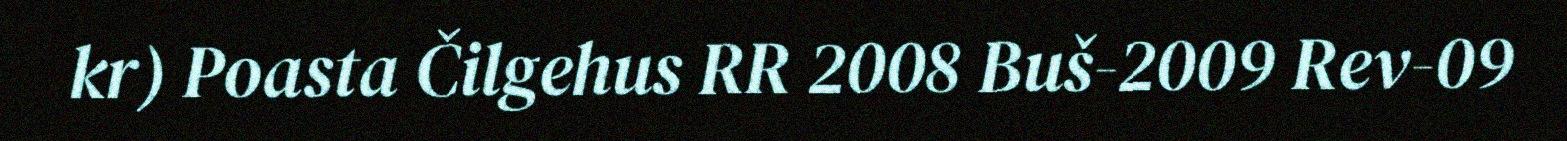
kr) Poasta Čilgehus RR 2008 Buš-2009 Rev-09